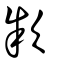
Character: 歀